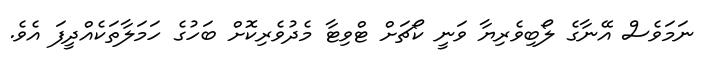
ނަމަވެސް އޭނާގެ ލޯބިވެރިޔާ ވަނީ ކޯޗަށް ޓްވިޓާ މެދުވެރިކޮށް ބަހުގެ ހަމަލާތަކެއްދީފަ އެވެ.